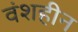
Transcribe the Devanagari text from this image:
वंशहीन